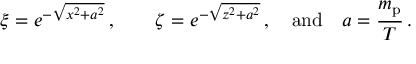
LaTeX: \xi = e ^ { - \sqrt { x ^ { 2 } + a ^ { 2 } } } \, , \qquad \zeta = e ^ { - \sqrt { z ^ { 2 } + a ^ { 2 } } } \, , \quad \mathrm { a n d } \quad a = { \frac { m _ { \mathrm { p } } } { T } } \, .